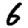
Digit: 6